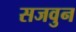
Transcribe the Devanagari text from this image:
सजवुन